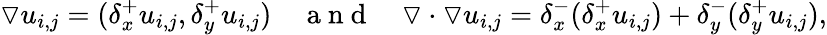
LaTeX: \triangledown u_{i,j}=(\delta_{x}^{+}u_{i,j},\delta_{y}^{+}u_{i,j})\quad\mathrm{~a~n~d~}\quad\triangledown\cdot\triangledown u_{i,j}=\delta_{x}^{-}(\delta_{x}^{+}u_{i,j})+\delta_{y}^{-}(\delta_{y}^{+}u_{i,j}),